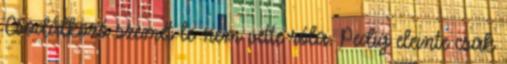
Csodálkozó szemét le nem vette róla. Pedig eleinte csak